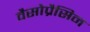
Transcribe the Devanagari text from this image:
वैसोप्रैसिन